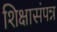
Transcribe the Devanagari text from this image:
शिक्षासंपन्न